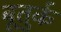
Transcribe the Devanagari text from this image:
बूतुर्क